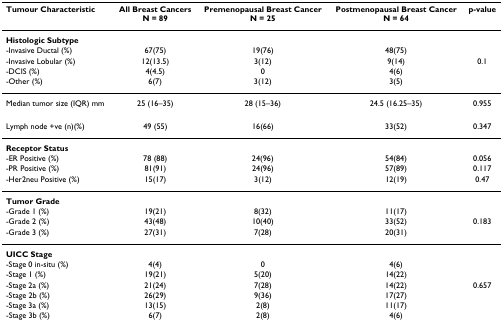
<table><thead><tr><td><b>Tumour Characteristic</b></td><td><b>All Breast CancersN = 89</b></td><td><b>Premenopausal Breast CancerN = 25</b></td><td><b>Postmenopausal Breast CancerN = 64</b></td><td><b>p-value</b></td></tr></thead><tbody><tr><td><b>Histologic Subtype</b></td><td></td><td></td><td></td><td></td></tr><tr><td>-Invasive Ductal (%)</td><td>67(75)</td><td>19(76)</td><td>48(75)</td><td></td></tr><tr><td>-Invasive Lobular (%)</td><td>12(13.5)</td><td>3(12)</td><td>9(14)</td><td>0.1</td></tr><tr><td>-DCIS (%)</td><td>4(4.5)</td><td>0</td><td>4(6)</td><td></td></tr><tr><td>-Other (%)</td><td>6(7)</td><td>3(12)</td><td>3(5)</td><td></td></tr><tr><td>Median tumor size (IQR) mm</td><td>25 (16–35)</td><td>28 (15–36)</td><td>24.5 (16.25–35)</td><td>0.955</td></tr><tr><td>Lymph node +ve (n)(%)</td><td>49 (55)</td><td>16(66)</td><td>33(52)</td><td>0.347</td></tr><tr><td><b>Receptor Status</b></td><td></td><td></td><td></td><td></td></tr><tr><td>-ER Positive (%)</td><td>78 (88)</td><td>24(96)</td><td>54(84)</td><td>0.056</td></tr><tr><td>-PR Positive (%)</td><td>81(91)</td><td>24(96)</td><td>57(89)</td><td>0.117</td></tr><tr><td>-Her2neu Positive (%)</td><td>15(17)</td><td>3(12)</td><td>12(19)</td><td>0.47</td></tr><tr><td><b>Tumor Grade</b></td><td></td><td></td><td></td><td></td></tr><tr><td>-Grade 1 (%)</td><td>19(21)</td><td>8(32)</td><td>11(17)</td><td></td></tr><tr><td>-Grade 2 (%)</td><td>43(48)</td><td>10(40)</td><td>33(52)</td><td>0.183</td></tr><tr><td>-Grade 3 (%)</td><td>27(31)</td><td>7(28)</td><td>20(31)</td><td></td></tr><tr><td><b>UICC Stage</b></td><td></td><td></td><td></td><td></td></tr><tr><td>-Stage 0 in-situ (%)</td><td>4(4)</td><td>0</td><td>4(6)</td><td></td></tr><tr><td>-Stage 1 (%)</td><td>19(21)</td><td>5(20)</td><td>14(22)</td><td></td></tr><tr><td>-Stage 2a (%)</td><td>21(24)</td><td>7(28)</td><td>14(22)</td><td>0.657</td></tr><tr><td>-Stage 2b (%)</td><td>26(29)</td><td>9(36)</td><td>17(27)</td><td></td></tr><tr><td>-Stage 3a (%)</td><td>13(15)</td><td>2(8)</td><td>11(17)</td><td></td></tr><tr><td>-Stage 3b (%)</td><td>6(7)</td><td>2(8)</td><td>4(6)</td><td></td></tr></tbody></table>